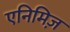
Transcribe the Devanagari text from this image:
एनिमिज़